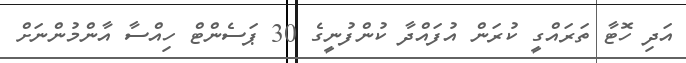
އަދި ހޮޓާ ތަރައްގީ ކުރަން އުފައްދާ ކުންފުނީގެ 30 ޕަސެންޓް ހިއްސާ އާންމުންނަށް